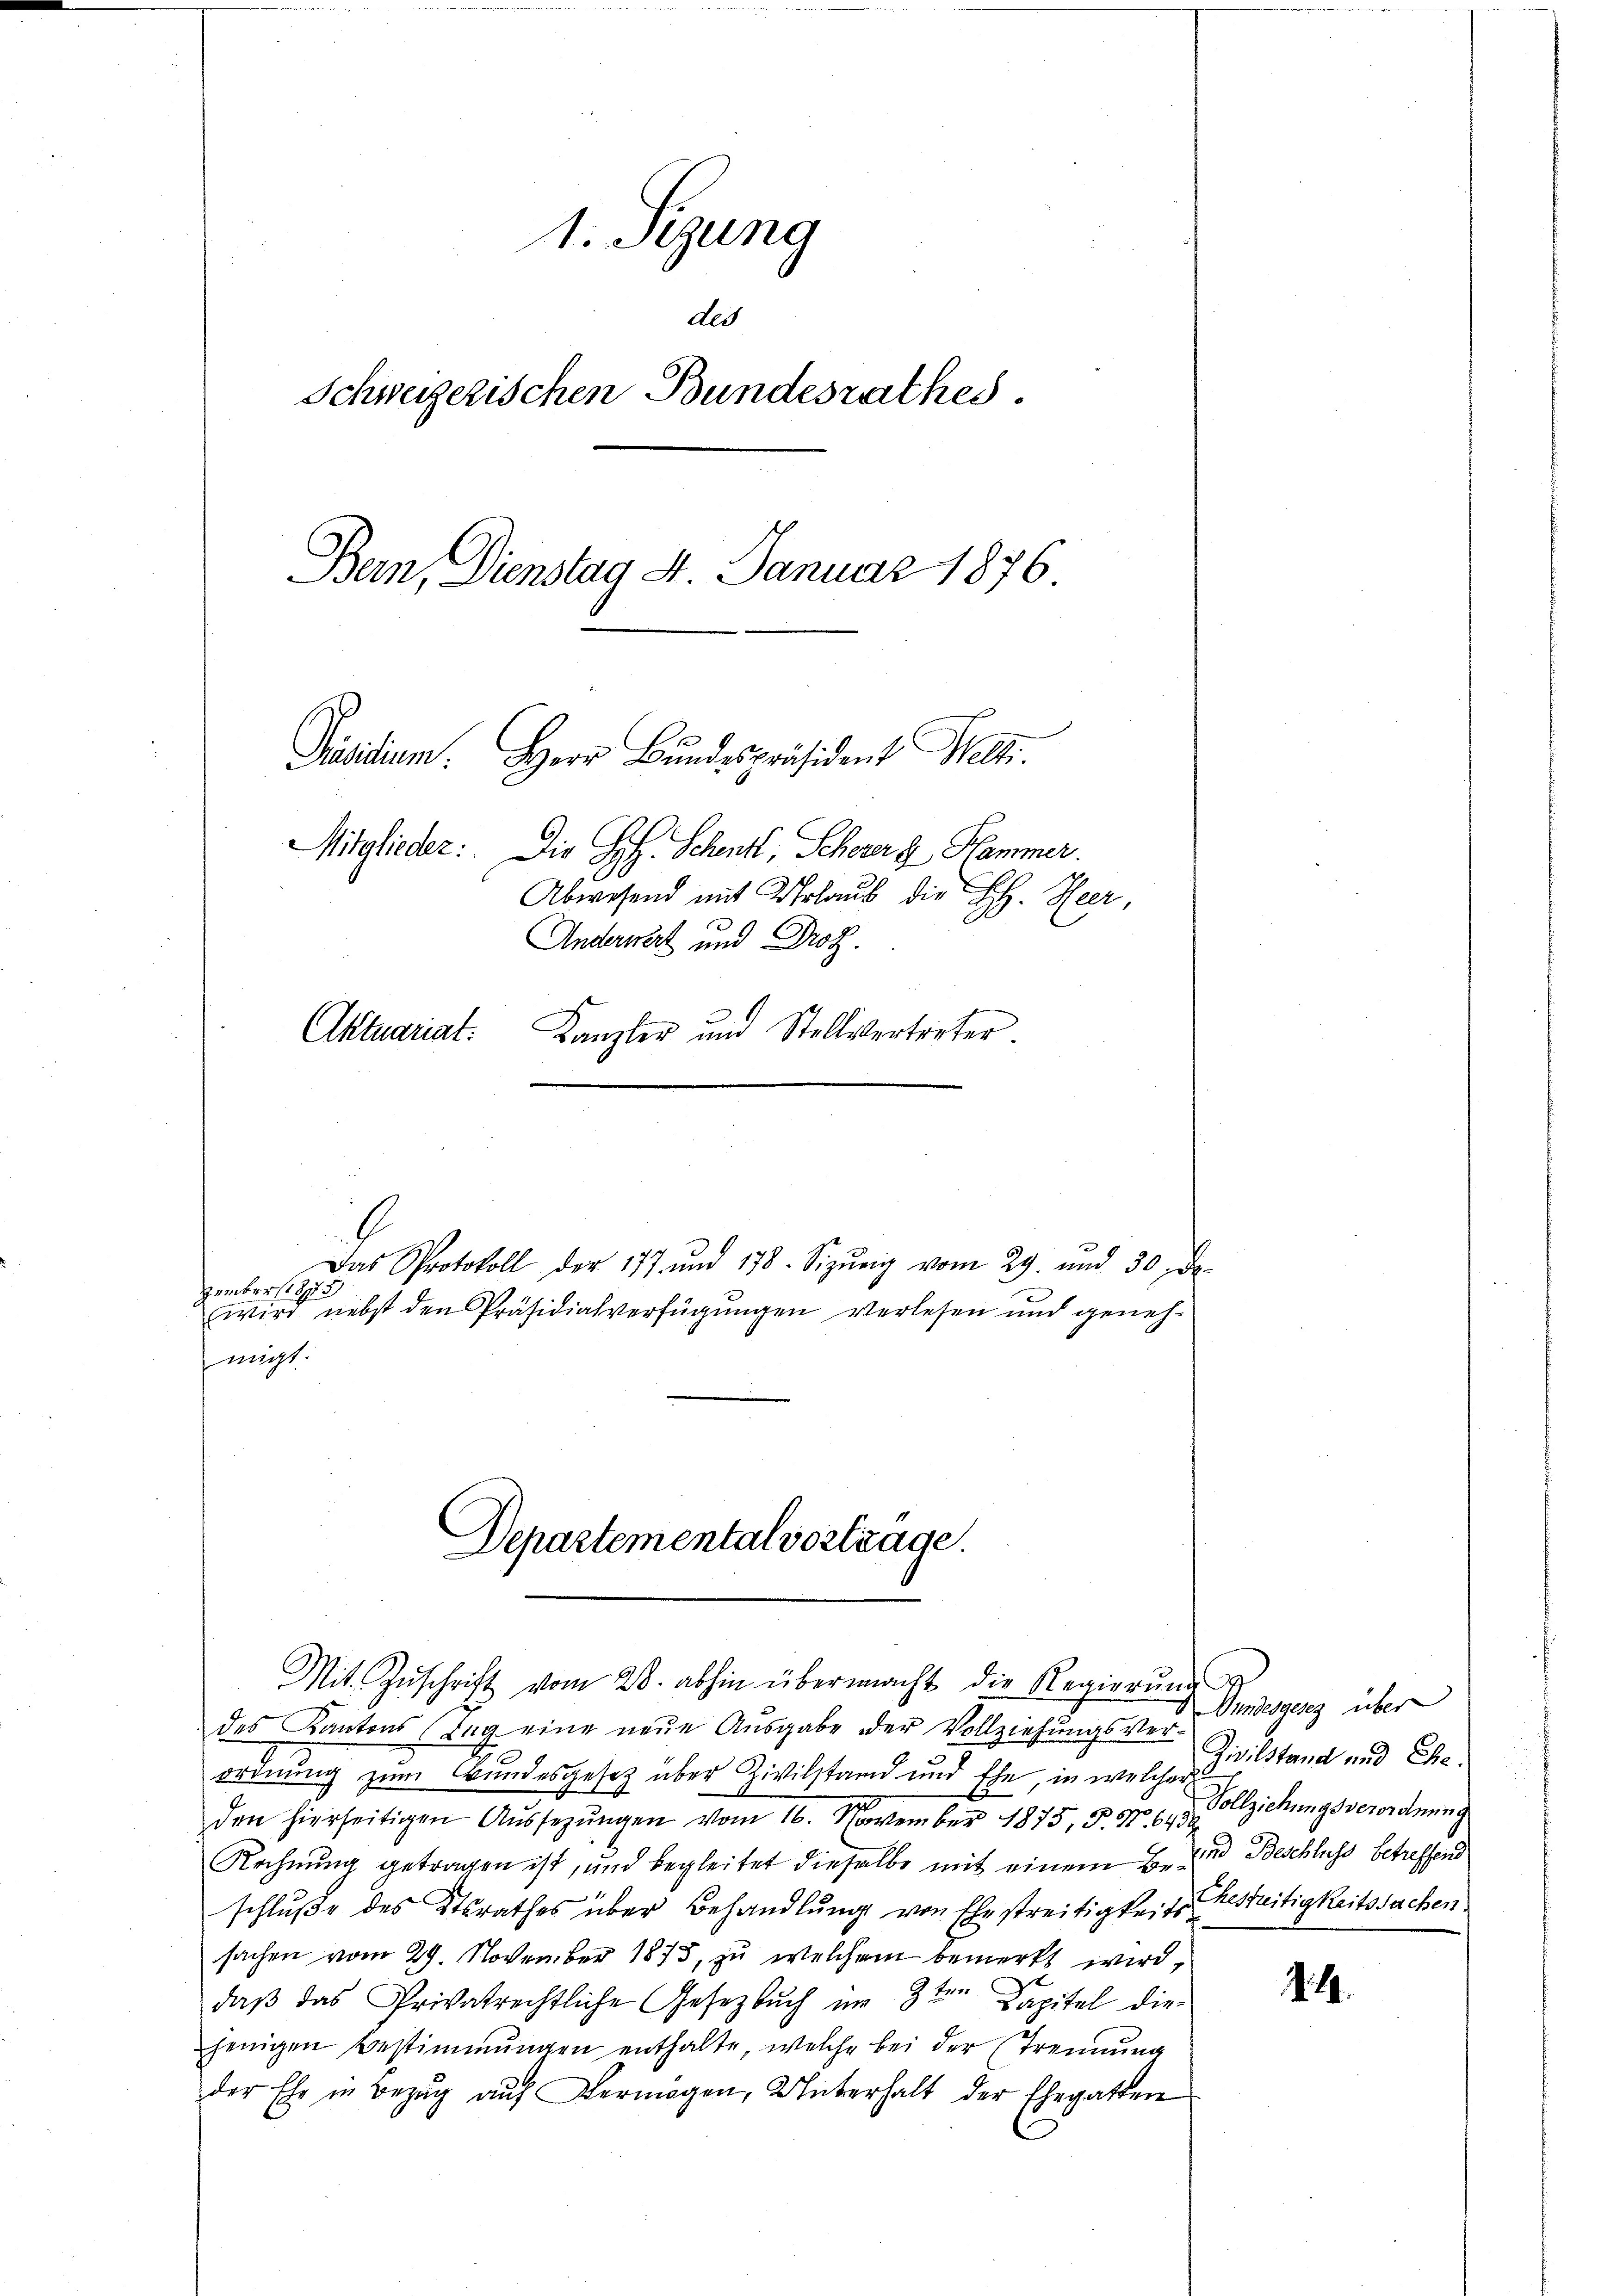
1. Sizung
der
Schweizerischen Bundesrathes.
Bern, Dienstag 4. Januar 1876
Präsidium. Herr Bŭndespräsident Welti.
Mitglieder: Die H. Schent, Scheuer  Hammer.
Abwesend mit Urlaub die H. Heer,
Anderwert und Prof.
Aktuariat.
Kanzler und Stellvertreter.

Herübersteh
migt.

Das Protokoll der 177 und 178. Sizŭrig vom 29. und 30 de
wird nebst den Präsidialverfügungen verlesen und geneh¬

Departementalvortrage.
Mit Zŭschrift vom 28. abhin übermacht die Regierŭng

des Kantons Tag eine neŭe Aŭsgabe der Vollziehŭngsver-
e
ordnung zum Bundesgesetz über Zivilstand und Ehe, in welcher
den hierseitigen Aŭssezŭngen vom 16. November 1875, § 57. 61. Vollziehungsverordnung
Rechnung getragen ist, und begleitet dieselbe mit einem E. und Beschluss betreffend
schluße des Ktsrathes über Behandlung von Ehestreitigkeits Ehestreitigkeitssachen
sachen vom 27. November 1873, zu welchem bemerkt wird,
t
daβ das Privatrechtliche Gesetzbuch im 3ten Kapitel die
jenigen Bestimmungen enthalte, welche bei der Trennung
der Ehe in Bezŭg aŭf Vermögen, Unterhalt der Ehegatten

Wundesgesetz über
Zivilstand und The

14.